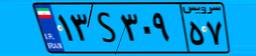
۹۸S۱۴۵۶۳